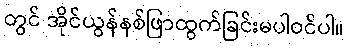
တွင် အိုင်ယွန်နစ်ဖြာထွက်ခြင်းမပါဝင်ပါ။